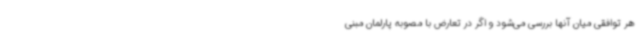
هر توافقی میان آنها بررسی می‌شود و اگر در تعارض با مصوبه پارلمان مبنی